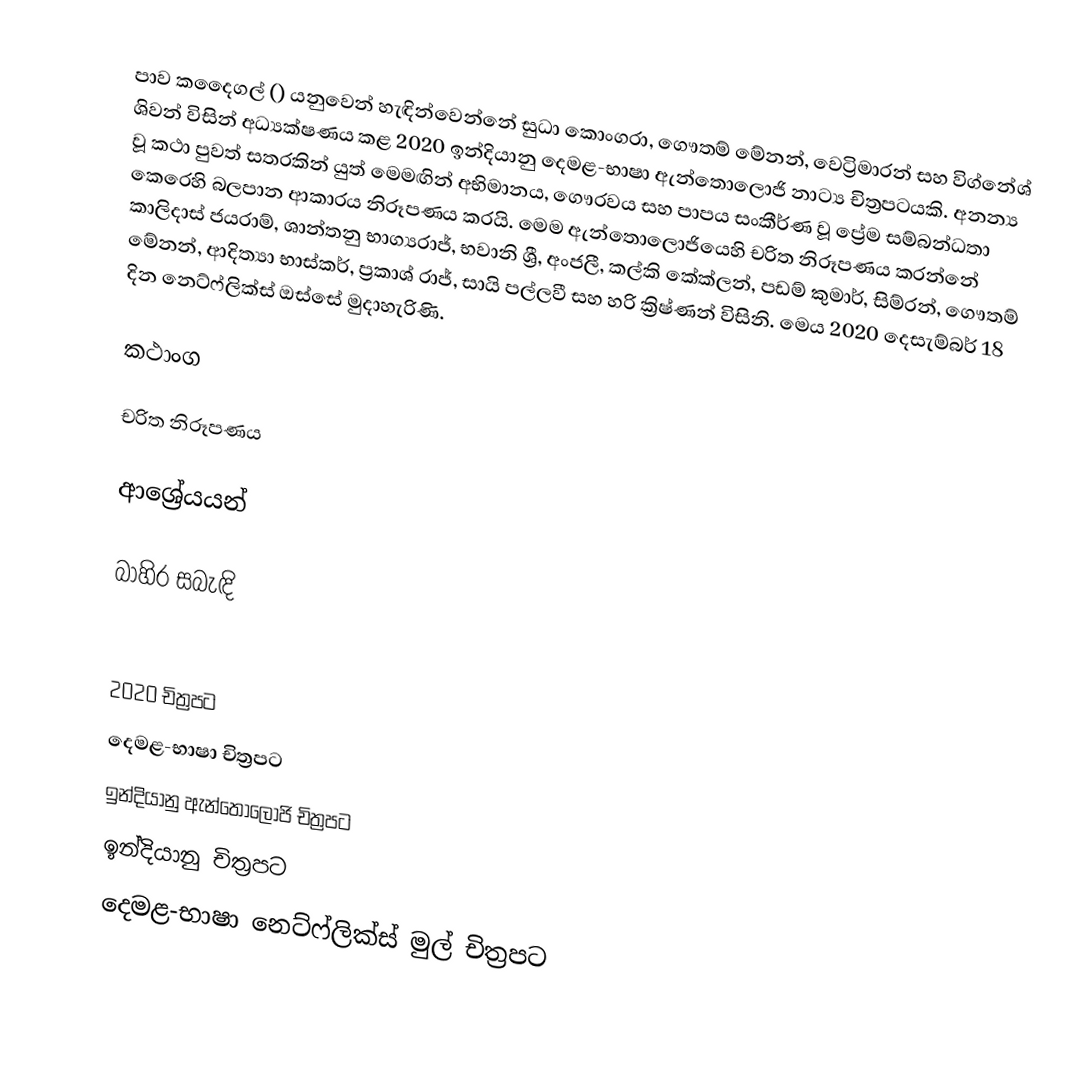
පාව කදෛගල් () යනුවෙන් හැඳින්වෙන්නේ සුධා කොංගරා, ගෞතම් මේනන්, වෙට්‍රිමාරන් සහ විග්නේශ් ශිවන් විසින් අධ්‍යක්ෂණය කළ 2020 ඉන්දියානු දෙමළ-භාෂා ඇන්තොලොජි නාට්‍ය චිත්‍රපටයකි. අනන්‍ය වූ කථා පුවත් සතරකින් යුත් මෙමඟින් අභිමානය, ගෞරවය සහ පාපය සංකීර්ණ වූ ප්‍රේම සම්බන්ධතා කෙරෙහි බලපාන ආකාරය නිරූපණය කරයි. මෙම ඇන්තොලොජියෙහි චරිත නිරූපණය කරන්නේ කාලිදාස් ජයරාම්, ශාන්තනු භාග්‍යරාජ්, භවානි ශ්‍රී, අංජලී, කල්කි කේක්ලන්, පඩම් කුමාර්, සිම්රන්, ගෞතම් මේනන්, ආදිත්‍යා භාස්කර්, ප්‍රකාශ් රාජ්, සායි පල්ලවී සහ හරි ක්‍රිෂ්ණන් විසිනි. මෙය 2020 දෙසැම්බර් 18 දින නෙට්ෆ්ලික්ස් ඔස්සේ මුදාහැරිණි.

කථාංග

චරිත නිරූපණය

ආශ්‍රේයයන්

බාහිර සබැඳි

2020 චිත්‍රපට
දෙමළ-භාෂා චිත්‍රපට
ඉන්දියානු ඇන්තොලොජි චිත්‍රපට
ඉන්දියානු චිත්‍රපට
දෙමළ-භාෂා නෙට්ෆ්ලික්ස් මුල් චිත්‍රපට